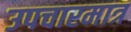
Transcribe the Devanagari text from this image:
उपचारमात्र